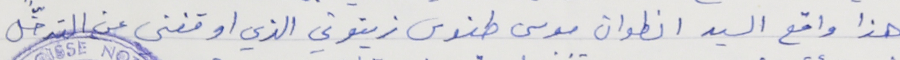
هذا واقع السيد انطوان موسى طنوس زيتوني الذي اوقفني عن التدخّل